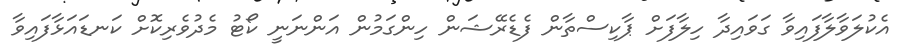
އެކުލަވާލާފައިވާ ގަވައިދާ ހިލާފަށް ޕާކިސްތާން ފެޑެރޭޝަން ހިންގަމުން އަންނަނީ ކޯޓު މެދުވެރިކޮށް ކަނޑައަޅާފައިވާ